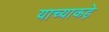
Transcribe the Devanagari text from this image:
याच्याकड़े